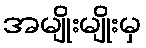
အမျိုးမျိုးမှ